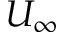
U _ { \infty }